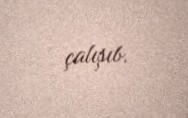
çalışıb.